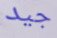
جيد